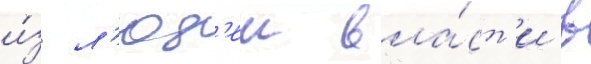
и́з л'юд'еи вла́ст'и в